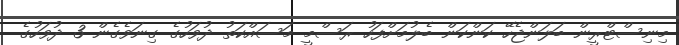
މިނިސްޓްރީން ބަލަންޖެހޭ ކަންކަން ބެލުމަށްފަހު ރަސްމީ މަސައްކަތު ދުވަހުގެ ގިނަވެގެން 3 ދުވަހުގެ